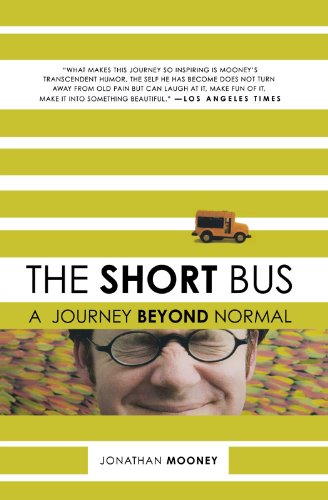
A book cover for The Short Bus: A Journey Beyond Normal; Jonathan Mooney; Biographies & Memoirs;